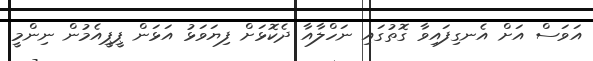
އަވަސް އަށް އެނގިފައިވާ ގޮތުގައި ނަހްލާއާ ދެކޮޅަށް ފިޔަވަޅު އަޅަން ޕީޕީއެމުން ނިންމީ